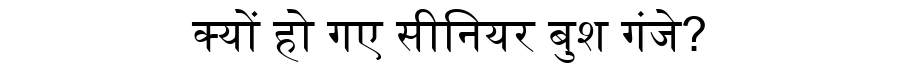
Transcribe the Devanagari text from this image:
क्यों हो गए सीनियर बुश गंजे?